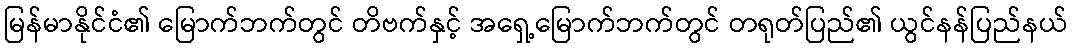
မြန်မာနိုင်ငံ၏ မြောက်ဘက်တွင် တိဗက်နှင့် အရှေ့မြောက်ဘက်တွင် တရုတ်ပြည်၏ ယွင်နန်ပြည်နယ်